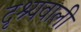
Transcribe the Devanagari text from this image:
दृश्यवाली